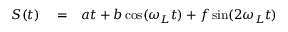
\begin{array} { r l r } { S ( t ) } & { { } = } & { a t + b \cos ( \omega _ { L } t ) + f \sin ( 2 \omega _ { L } t ) } \end{array}